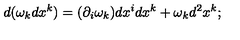
d ( \omega _ { k } d x ^ { k } ) = ( \partial _ { i } \omega _ { k } ) d x ^ { i } d x ^ { k } + \omega _ { k } d ^ { 2 } x ^ { k } ;